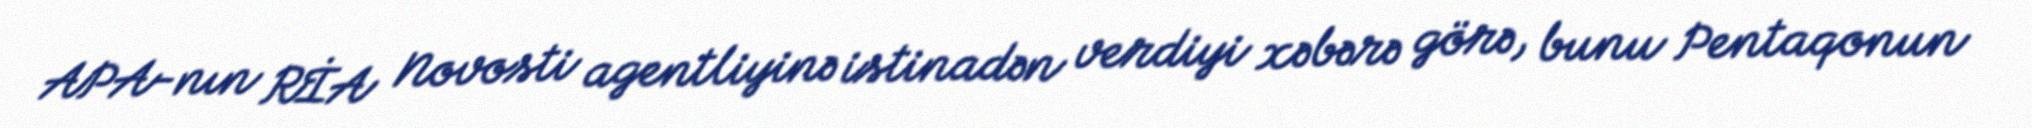
APA-nın RİA Novosti agentliyinə istinadən verdiyi xəbərə görə, bunu Pentaqonun